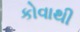
કોવાથી